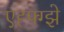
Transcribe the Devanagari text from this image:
एह्फ्ग्झे